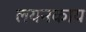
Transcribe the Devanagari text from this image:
लयनकाय